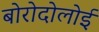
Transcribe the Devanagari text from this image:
बोरोदोलोई